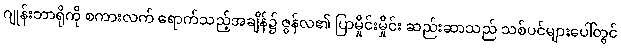
ဂျုန်းဘာရိုကို စကားလက် ရောက်သည့်အချိန်၌ ဇွန်လ၏ ပြာမှိုင်းမှိုင်း ဆည်းဆာသည် သစ်ပင်များပေါ်တွင်